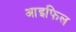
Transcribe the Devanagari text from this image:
आइफिल